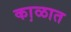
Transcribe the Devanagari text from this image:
का़ळात